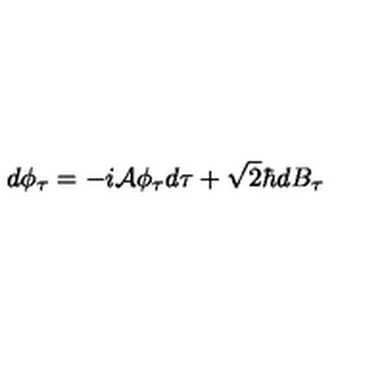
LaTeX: d \phi _ { \tau } = - i { \cal A } \phi _ { \tau } d \tau + \sqrt { 2 } \hbar d B _ { \tau }